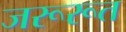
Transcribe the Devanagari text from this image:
जरूरूत